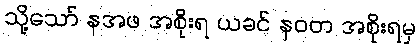
သို့သော် နအဖ အစိုးရ ယခင် နဝတ အစိုးရမှ